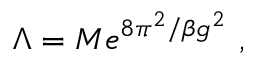
\Lambda = M e ^ { 8 \pi ^ { 2 } / \beta g ^ { 2 } } \ ,